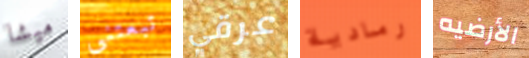
ميشا تبعتني عرقي رمادية الأرضيه